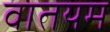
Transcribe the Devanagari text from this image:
वातयम